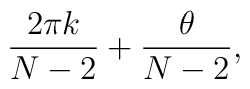
\frac {2 \pi k}{N-2} + \frac {\theta}{N-2},